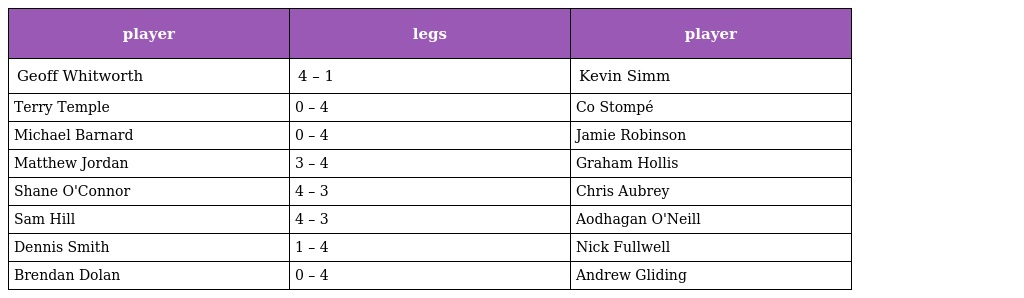
| player | legs | player |
 | --- | --- | --- |
 | Geoff Whitworth | 4 – 1 | Kevin Simm |
 | Terry Temple | 0 – 4 | Co Stompé |
 | Michael Barnard | 0 – 4 | Jamie Robinson |
 | Matthew Jordan | 3 – 4 | Graham Hollis |
 | Shane O'Connor | 4 – 3 | Chris Aubrey |
 | Sam Hill | 4 – 3 | Aodhagan O'Neill |
 | Dennis Smith | 1 – 4 | Nick Fullwell |
 | Brendan Dolan | 0 – 4 | Andrew Gliding |